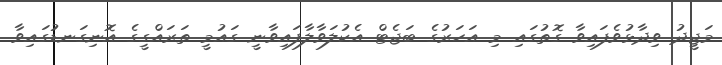
މަޖީދު ވިދާޅުވެފައިވާ ގޮތުގައި މި އަހަރުގެ ބަޖެޓް އެކުލަވާލާފައިވާނީ ގައުމީ ތަރައްގީގެ އޮނިގަނޑުގައިވާ